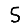
Digit: 5